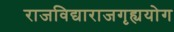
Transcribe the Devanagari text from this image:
राजविद्याराजगृह्ययोग